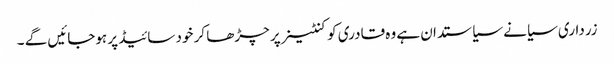
زرداری سیانے سیاستدان ہے وہ قادری کو کنٹینر پر چڑھا کر خود سائیڈ پر ہوجائیں گے ۔